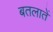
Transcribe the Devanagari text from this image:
बतलातें